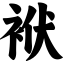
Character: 袱